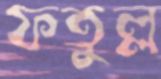
ফতুল্ল